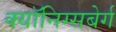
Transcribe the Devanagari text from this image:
क्यॉनिग्सबेर्ग